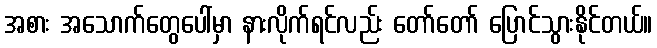
အစား အသောက်တွေပေါ်မှာ နားလိုက်ရင်လည်း တော်တော် ပြောင်သွားနိုင်တယ်။